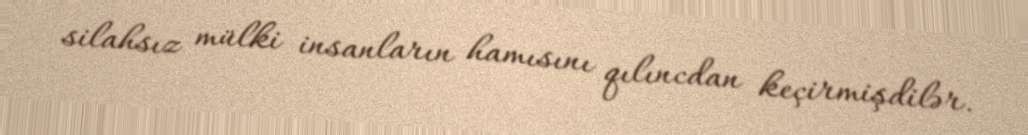
silahsız mülki insanların hamısını qılıncdan keçirmişdilər.